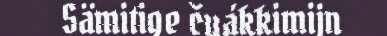
Sämitige čuákkimijn